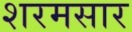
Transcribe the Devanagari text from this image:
शरमसार